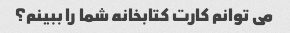
می توانم کارت کتابخانه شما را ببینم؟